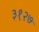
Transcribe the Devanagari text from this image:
३१२७